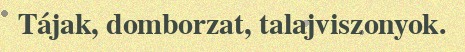
Tájak, domborzat, talajviszonyok.